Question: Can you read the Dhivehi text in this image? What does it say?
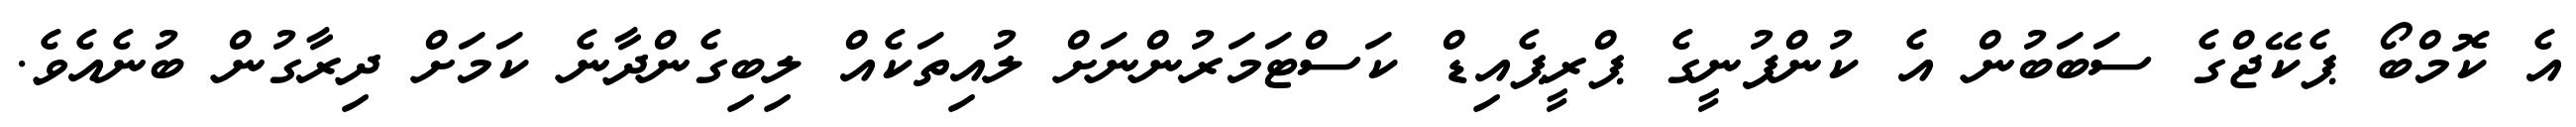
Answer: އެ ކޮމްބޯ ޕެކޭޖްގެ ސަބަބުން އެ ކުންފުނީގެ ޕްރީޕެއިޑް ކަސްޓަމަރުންނަށް ލުއިތަކެއް ލިބިގެންދާނެ ކަމަށް ދިރާގުން ބުނެއެވެ.